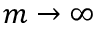
m \to \infty